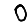
Digit: 0